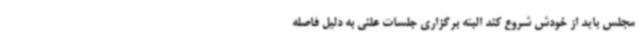
مجلس باید از خودش شروع کند البته برگزاری جلسات علنی به دلیل فاصله